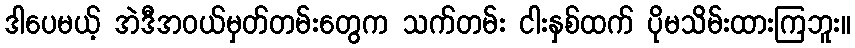
ဒါပေမယ့် အဲဒီအဝယ်မှတ်တမ်းတွေက သက်တမ်း ငါးနှစ်ထက် ပိုမသိမ်းထားကြဘူး။